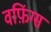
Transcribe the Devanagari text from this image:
वफ़िंग्स